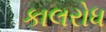
કાલરોધ